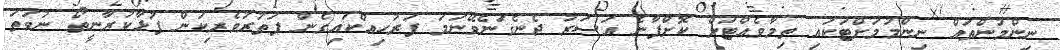
ނިންމުންތައް ނިންމުމަށްޓަކައި ތިމާވެއްޓަށް ކޮށްފާނެ އަސަރު ދެނެގަނެވޭނަމަ ފަރުހިއްކައިގެން ފަތުރުވެރިކަން ފުޅާކުރާނީތޯ ނުވަތަ